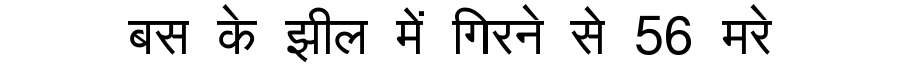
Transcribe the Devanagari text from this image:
बस के झील में गिरने से 56 मरे